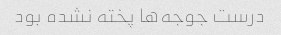
درست جوجه‌ها پخته نشده بود